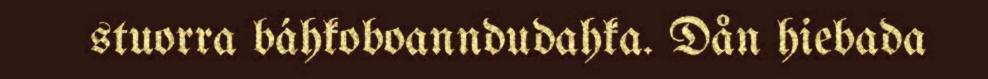
stuorra báhkoboanndudahka. Dån hiebada